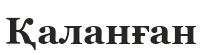
Қаланған